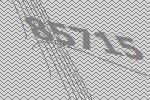
85715